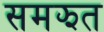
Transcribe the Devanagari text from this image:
समझत